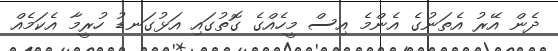
ދެން އޭރު އެތަނުގެ އެންމެ އިސް މީހެއްގެ ގޮތުގައި އަޅުގަނޑު ހުރީމާ އެކަމެއް